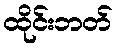
ထိုင်းဘတ်